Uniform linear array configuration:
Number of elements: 32
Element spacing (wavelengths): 0.75
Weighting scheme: cosine
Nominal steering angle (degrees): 45
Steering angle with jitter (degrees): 43.472
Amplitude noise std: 0.05
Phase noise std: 0.05

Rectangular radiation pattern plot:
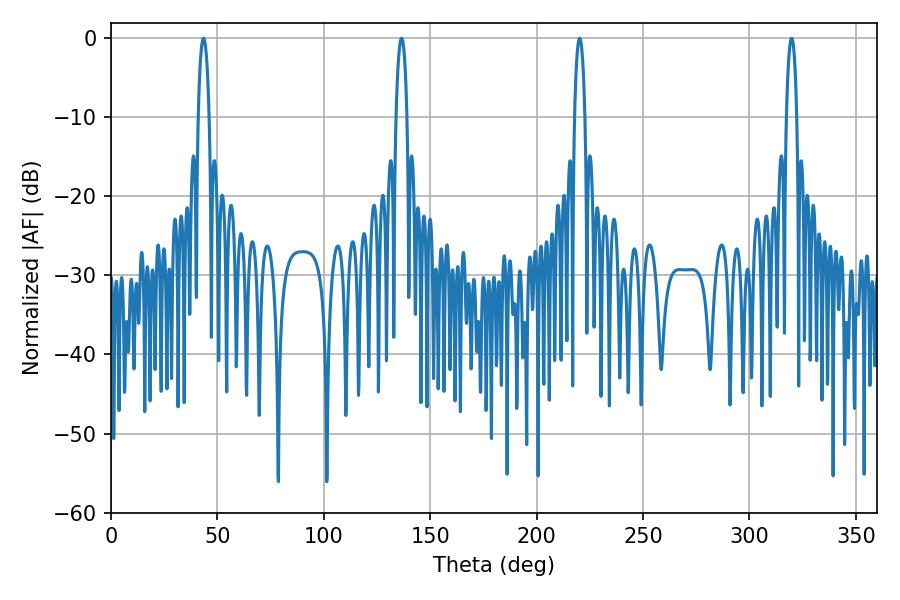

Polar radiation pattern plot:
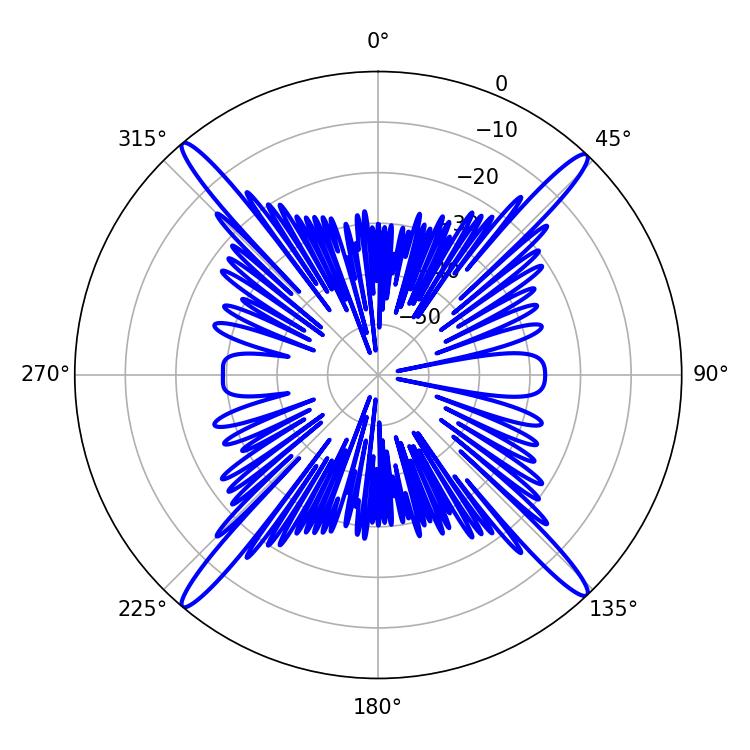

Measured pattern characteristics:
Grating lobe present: TRUE
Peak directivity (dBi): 23.576
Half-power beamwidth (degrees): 2.7
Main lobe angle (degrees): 220.14